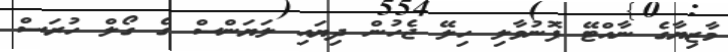
މާޒިޔާގެ ނާއްޓޭ ފޮނުވާލި ހިލޭ ޖެހުން ދިޔައި ލަޔަންސް ގެ ގޯލް ހުރަސް